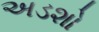
અડશો